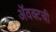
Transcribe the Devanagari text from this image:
ॲवक्टची